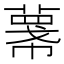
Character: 𢅓